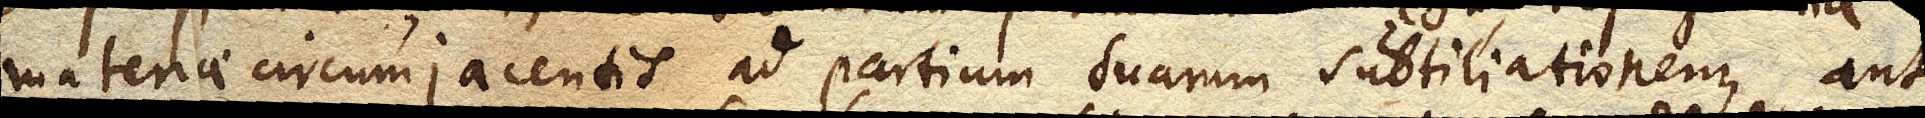
materiae circumjacentis ad partium suarum subtiliationem, aut